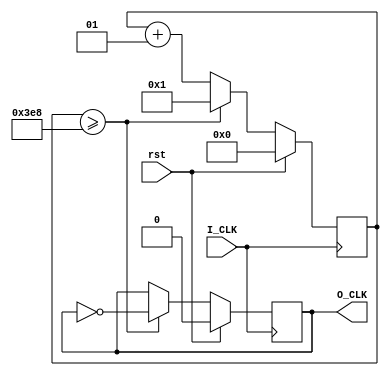
`timescale 1ns / 1ps
//////////////////////////////////////////////////////////////////////////////////
// Company: 
// Engineer: 
// 
// Design Name: 
// Module Name: divider
// Project Name: 
// Target Devices: 
// Tool Versions: 
// Description: 
// 
// Dependencies: 
// 
// Revision:
// Revision 0.01 - File Created
// Additional Comments:
// 
//////////////////////////////////////////////////////////////////////////////////


module divider(
    input I_CLK,//
    input rst,//
    output reg O_CLK//
);
integer i = 0;//
parameter multiple = 1000;

always @ (posedge I_CLK)
begin
    if (rst)
        begin
        i <= 0;
        O_CLK <= 0;
        end
    else if (i >= multiple)
        begin
        i <= 1;
        O_CLK <= ~O_CLK;
        end
    else
        begin
        i <= i + 1;
        end
end
endmodule